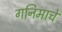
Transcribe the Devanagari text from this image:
गनिमाचे